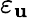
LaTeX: \varepsilon_{\mathbf{u}}